Report of the Indian Hemp Drugs Commission, 1894-1895 - Volume VI
Year: 1894
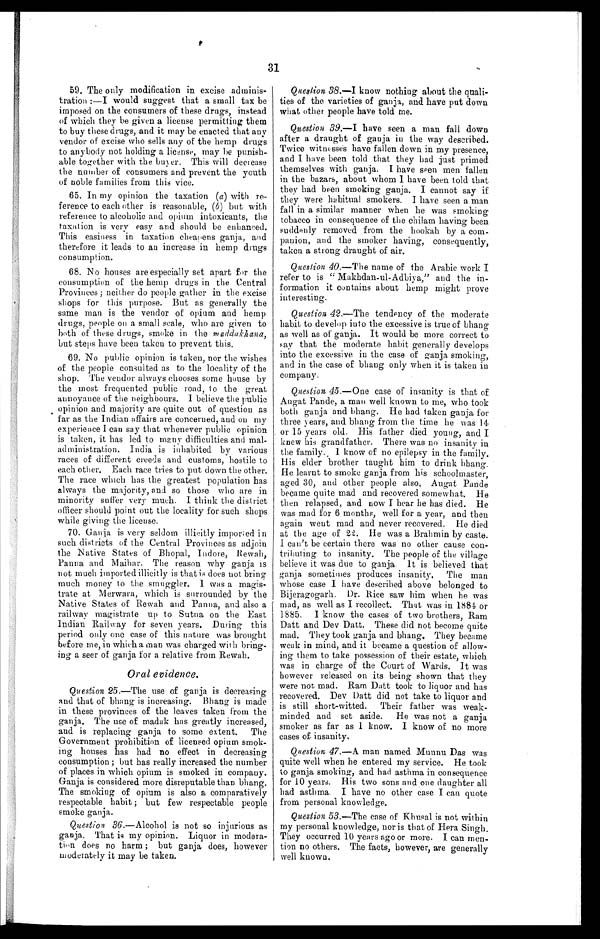
31
59. The only modification in excise adminis-
tration :—I would suggest that a small tax be
imposed on the consumers of these drugs, instead
of which they he given a license permitting them
to buy these drugs, and it may be enacted that any
vendor of excise who sells any of the hemp drugs
to anybody not holding a license, may be punish¬-
able together with the buyer. This will decrease
the number of consumers and prevent the youth
of noble families from this vice.
65. In my opinion the taxation (a) with re-
ference to each other is reasonable, (b) but with
reference to alcoholic and opium intoxicants, the
taxation is very easy and should be enhanced.
This easiness in taxation cheapens ganja, and
therefore it leads to an increase in hemp drugs
consumption.
68. No houses are especially set apart for the
consumption of the hemp drugs in the Central
Provinces ; neither do people gather in the excise
shops for this purpose. But as generally the
same man is the vendor of opium and hemp
drugs, people on a small scale, who are given to
both of these drugs, smoke in the maddakhana,
but steps have been taken to prevent this.
69. No public opinion is taken, nor the wishes
of the people consulted as to the locality of the
shop. The vendor always chooses some house by
the most frequented public road, to the great
annoyance of the neighbours. I believe the public
opinion and majority are quite out of question as
far as the Indian affairs are concerned, and on my
experience I can say that whenever public opinion
is taken, it has led to many difficulties and mal-
administration. India is inhabited by various
races of different creeds and customs, hostile to
each other. Each race tries to put down the other.
The race which has the greatest population has
always the majority, and so those who are in
minority suffer very much. I think the district
officer should point out the locality for such shops
while giving the license.
70.
Ganja is very seldom illicitly imported in
such districts of the Central Provinces as adjoin
the Native States of Bhopal, Indore, Rewah
Panna and Maihar. The reason why ganja is
not much imported illicitly is that is does not bring
much money to the smuggler. I was a magis-
trate at Merwara, which is surrounded by the
Native States of Rewah and Panna, and also a
railway magistrate up to Sutna on the East
Indian Railway for seven years. During this
period only one case of this nature was brought
before me, in which a man was charged with bring-
ing a seer of ganja for a relative from Rewah.
Oral evidence.
Question 25.—The use of ganja is decreasing
and that of bhang is increasing. Bhang is made
in these provinces of the leaves taken from the
ganja. The use of madak has greatly increased,
and is replacing ganja to some extent. The
Government prohibition of licensed opium smok-
ing houses has had no effect in decreasing
consumption ; but has really increased the number
of places in which opium is smoked in company.
Ganja is considered more disreputable than bhang.
The smoking of opium is also a comparatively
respectable habit ; but few respectable people
smoke ganja.
Question. 36.—Alcohol is not so injurious as
ganja. That is my opinion. Liquor in
m o d e r a - t i o n d o e s n o h a r m ; b u t g a n j a d o e s , h o w e v e r
moderately it may be taken.
Question 38.—I know nothing about the quali-
ties of the varieties of ganja, and have put down
what other people have told me.
Question 39.—I have seen a man fall down
after a draught of ganja in the way described.
Twice witnesses have fallen down in my presence,
and I have been told that they had just primed
themselves with ganja. I have seen men fallen
in the bazars, about whom I have been told that
they had been smoking ganja. I cannot say if
they were habitual smokers. I have seen a man
fall in a similar manner when he was smoking
tobacco in consequence of the chilam having been
suddenly removed from the hookah by a
com-panion, and the smoker having, consequently,
taken a strong draught of air.
Question 40.—The name of the Arabic work I
refer to is " Makhdan-ul-Adbiya," and the in-
formation it contains about hemp might prove
interesting.
Question 42.—The tendency of the moderate
habit to develop into the excessive is true of bhang
as well as of ganja. It would be more correct to
say that the moderate habit generally develops
into the excessive in the case of ganja smoking,
and in the case of bhang only when it is taken in
Company .
Q uestion 45.—One case of insanity is that of
Augat Pande, a man well known to me, who took
both ganja and bhang. He had taken ganja for
three years, and bhang from the time he was 14
or 15 years old. His father died young, and I
knew his grandfather. There was no insanity in
the family. I know of no epilepsy in the family.
His elder brother taught him to drink bhang.
He learnt to smoke ganja from his schoolmaster,
aged 30, and other people also. Augat Pande
became quite mad and recovered somewhat. He
then relapsed, and now I hear he has died. He
was mad for 6 months, well for a year, and then
again went mad and never recovered. He died
at the age of 22. He was a Brahmin by caste.
I can't be certain there was no other cause con-
tributing to insanity. The people of the village
believe it was due to ganja. It is believed that
ganja sometimes produces insanity. The man
whose case I have described above belonged to
Bijeragogarh. Dr. Rice saw him when he was
mad, as well as I recollect. That was in 1884 or
1885. I know the cases of two brothers, Ram
Datt and Dev Datt. These did not become quite
mad. They took ganja and bhang. They became
weak in mind, and it became a question of allow-
ing them to take possession of their estate, which
was in charge of the Court of Wards. It was
however released on its being shown that they
were not mad. Ram Datt took to liquor and has
recovered. Dev Datt did not take to liquor and
is still short-witted. Their father was weak-
minded and set aside. He was not a ganja
smoker as far as I know. I know of no more
cases of insanity.
Question 47.—A man named Munnu Das was
quite well when he entered my service. He took
to ganja smoking, and had asthma in consequence
for 10 years. His two sons and one daughter all
had ast hma. I have no ot her case I can quot e
from personal knowledge.
Question 53.—The case of Khusal is not within
my personal knowledge, nor is that of Hera Singh.
They occurred 10 years ago or more. I can men-
' tion no others. The facts, however, are generally
well known.